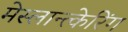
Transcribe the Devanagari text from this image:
मेस्लान्त्केरिंग